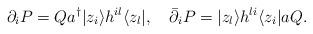
LaTeX: \begin{align*}\partial_{i}P=Q a^{\dagger} |z_{i}\rangle h^{il} \langle z_{l}|,\quad \bar{\partial}_{i}P=|z_{l}\rangle h^{li} \langle z_{i}|a Q.\end{align*}